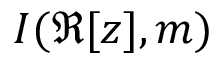
I ( \Re [ z ] , m )